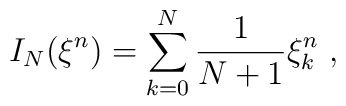
I_N ({\xi}^n ) =\sum_{k=0}^{N} \frac{1}{N+1} {\xi}_k^n \ ,